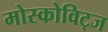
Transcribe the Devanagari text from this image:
मोस्कोविट्ज